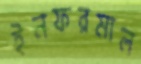
ইনফরমাল